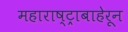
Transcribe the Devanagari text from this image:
महाराष्ट्राबाहेरून